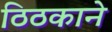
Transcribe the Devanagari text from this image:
ठिठकाने